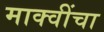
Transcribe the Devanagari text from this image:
माक्वींचा